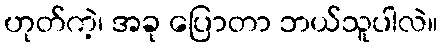
ဟုတ်ကဲ့၊ အခု ပြောတာ ဘယ်သူပါလဲ။